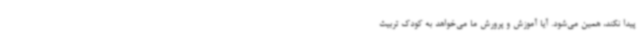
پیدا نکند، همین می‌شود. آیا آموزش و پرورش ما می‌خواهد به کودک تربیت